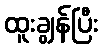
ထူးချွန်ပြီး